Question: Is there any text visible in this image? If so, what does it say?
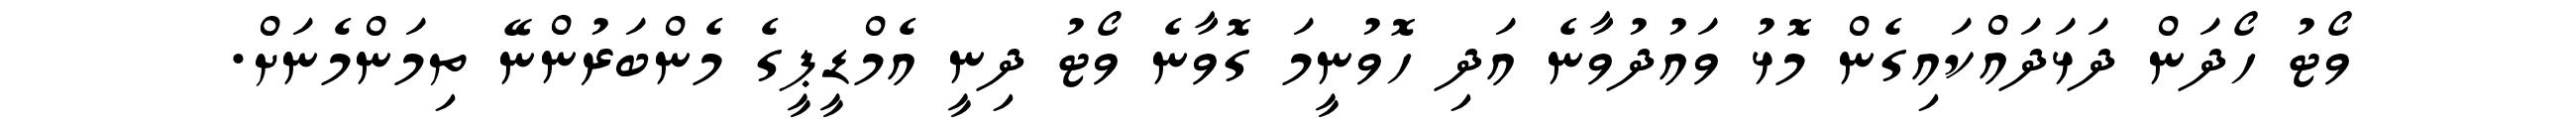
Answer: ވޯޓު ހޯދަން ދަޅަދައްކައިގެން މޮޅު ވައުދުވާނެ އަދި ހޮވުނީމަ ގޮވާނެ ވޯޓު ދިނީ އެމްޑީޕީގެ މެންބަރުންނޭ ތިމަންމެނަށް.